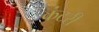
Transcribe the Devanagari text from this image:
कंटरी